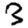
Digit: 3